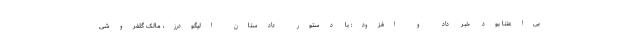
بی‌اعتنا بود خبر داد و افزود: با دستور دادستان الیگودرز، مالک گلفروشی